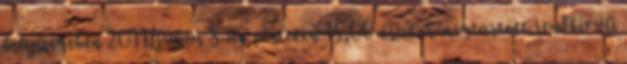
helyiségében 2011. július 8-án pénteken 15,00 órakor megtartott rendkívüli